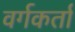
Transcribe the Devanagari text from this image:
वर्गकर्ता